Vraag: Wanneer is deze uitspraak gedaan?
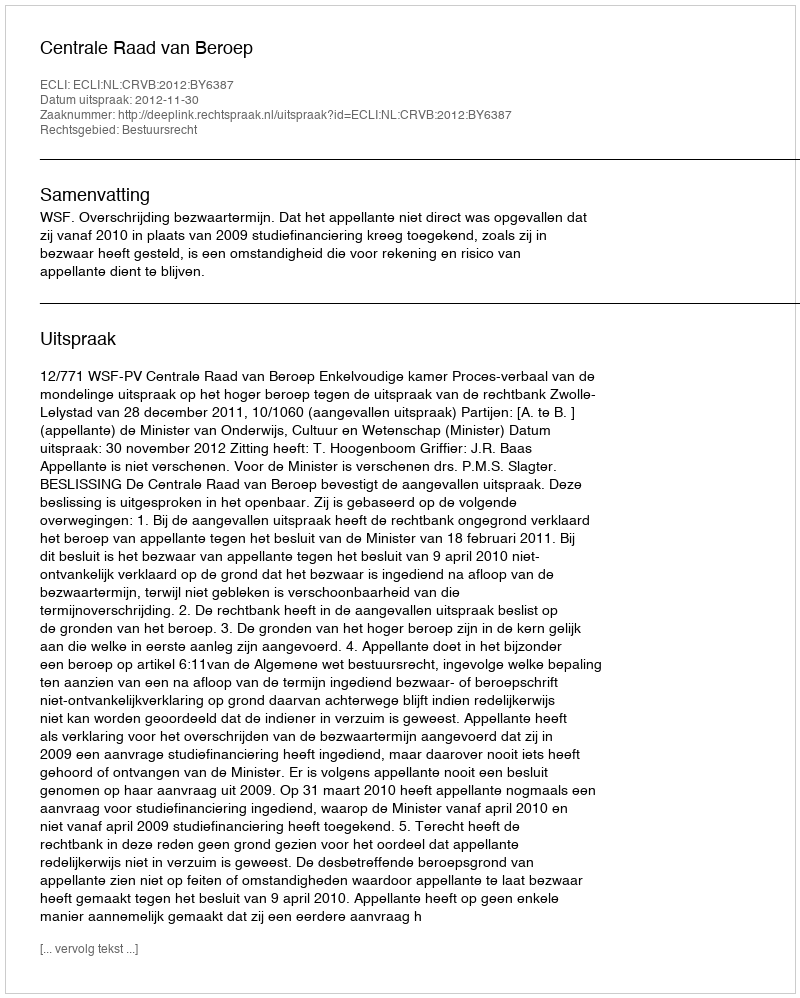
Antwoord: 2012-11-30